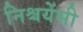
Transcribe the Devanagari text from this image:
निश्चयेंसी